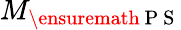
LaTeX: M_{\ensuremath{\mathrm{~P~S~}}}